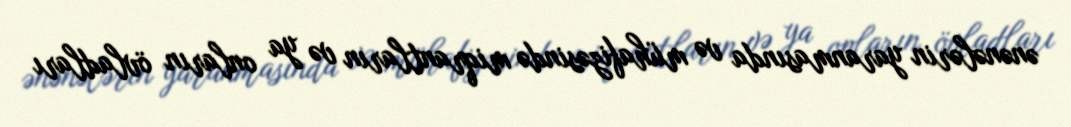
ənənələrin yaranmasında və mühafizəsində miqrantların və ya onların övladları